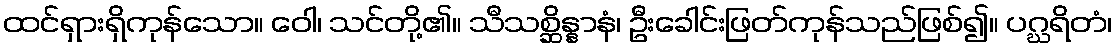
ထင်ရှားရှိကုန်သော။ ဝေါ၊ သင်တို့၏။ သီသစ္ဆိန္နာနံ၊ ဦးခေါင်းဖြတ်ကုန်သည်ဖြစ်၍။ ပဂ္ဃရိတံ၊